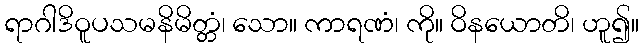
ရာဂါဒိဝူပသမနိမိတ္တံ၊ သော။ ကာရဏံ၊ ကို။ ဝိနယောတိ၊ ဟူ၍။